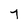
Character: 7